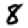
Digit: 8